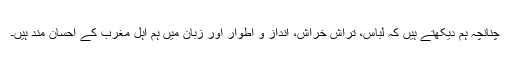
چنانچہ ہم دیکھتے ہیں کہ لباس، تراش خراش، انداز و اطوار اور زبان میں ہم اہل مغرب کے احسان مند ہیں۔